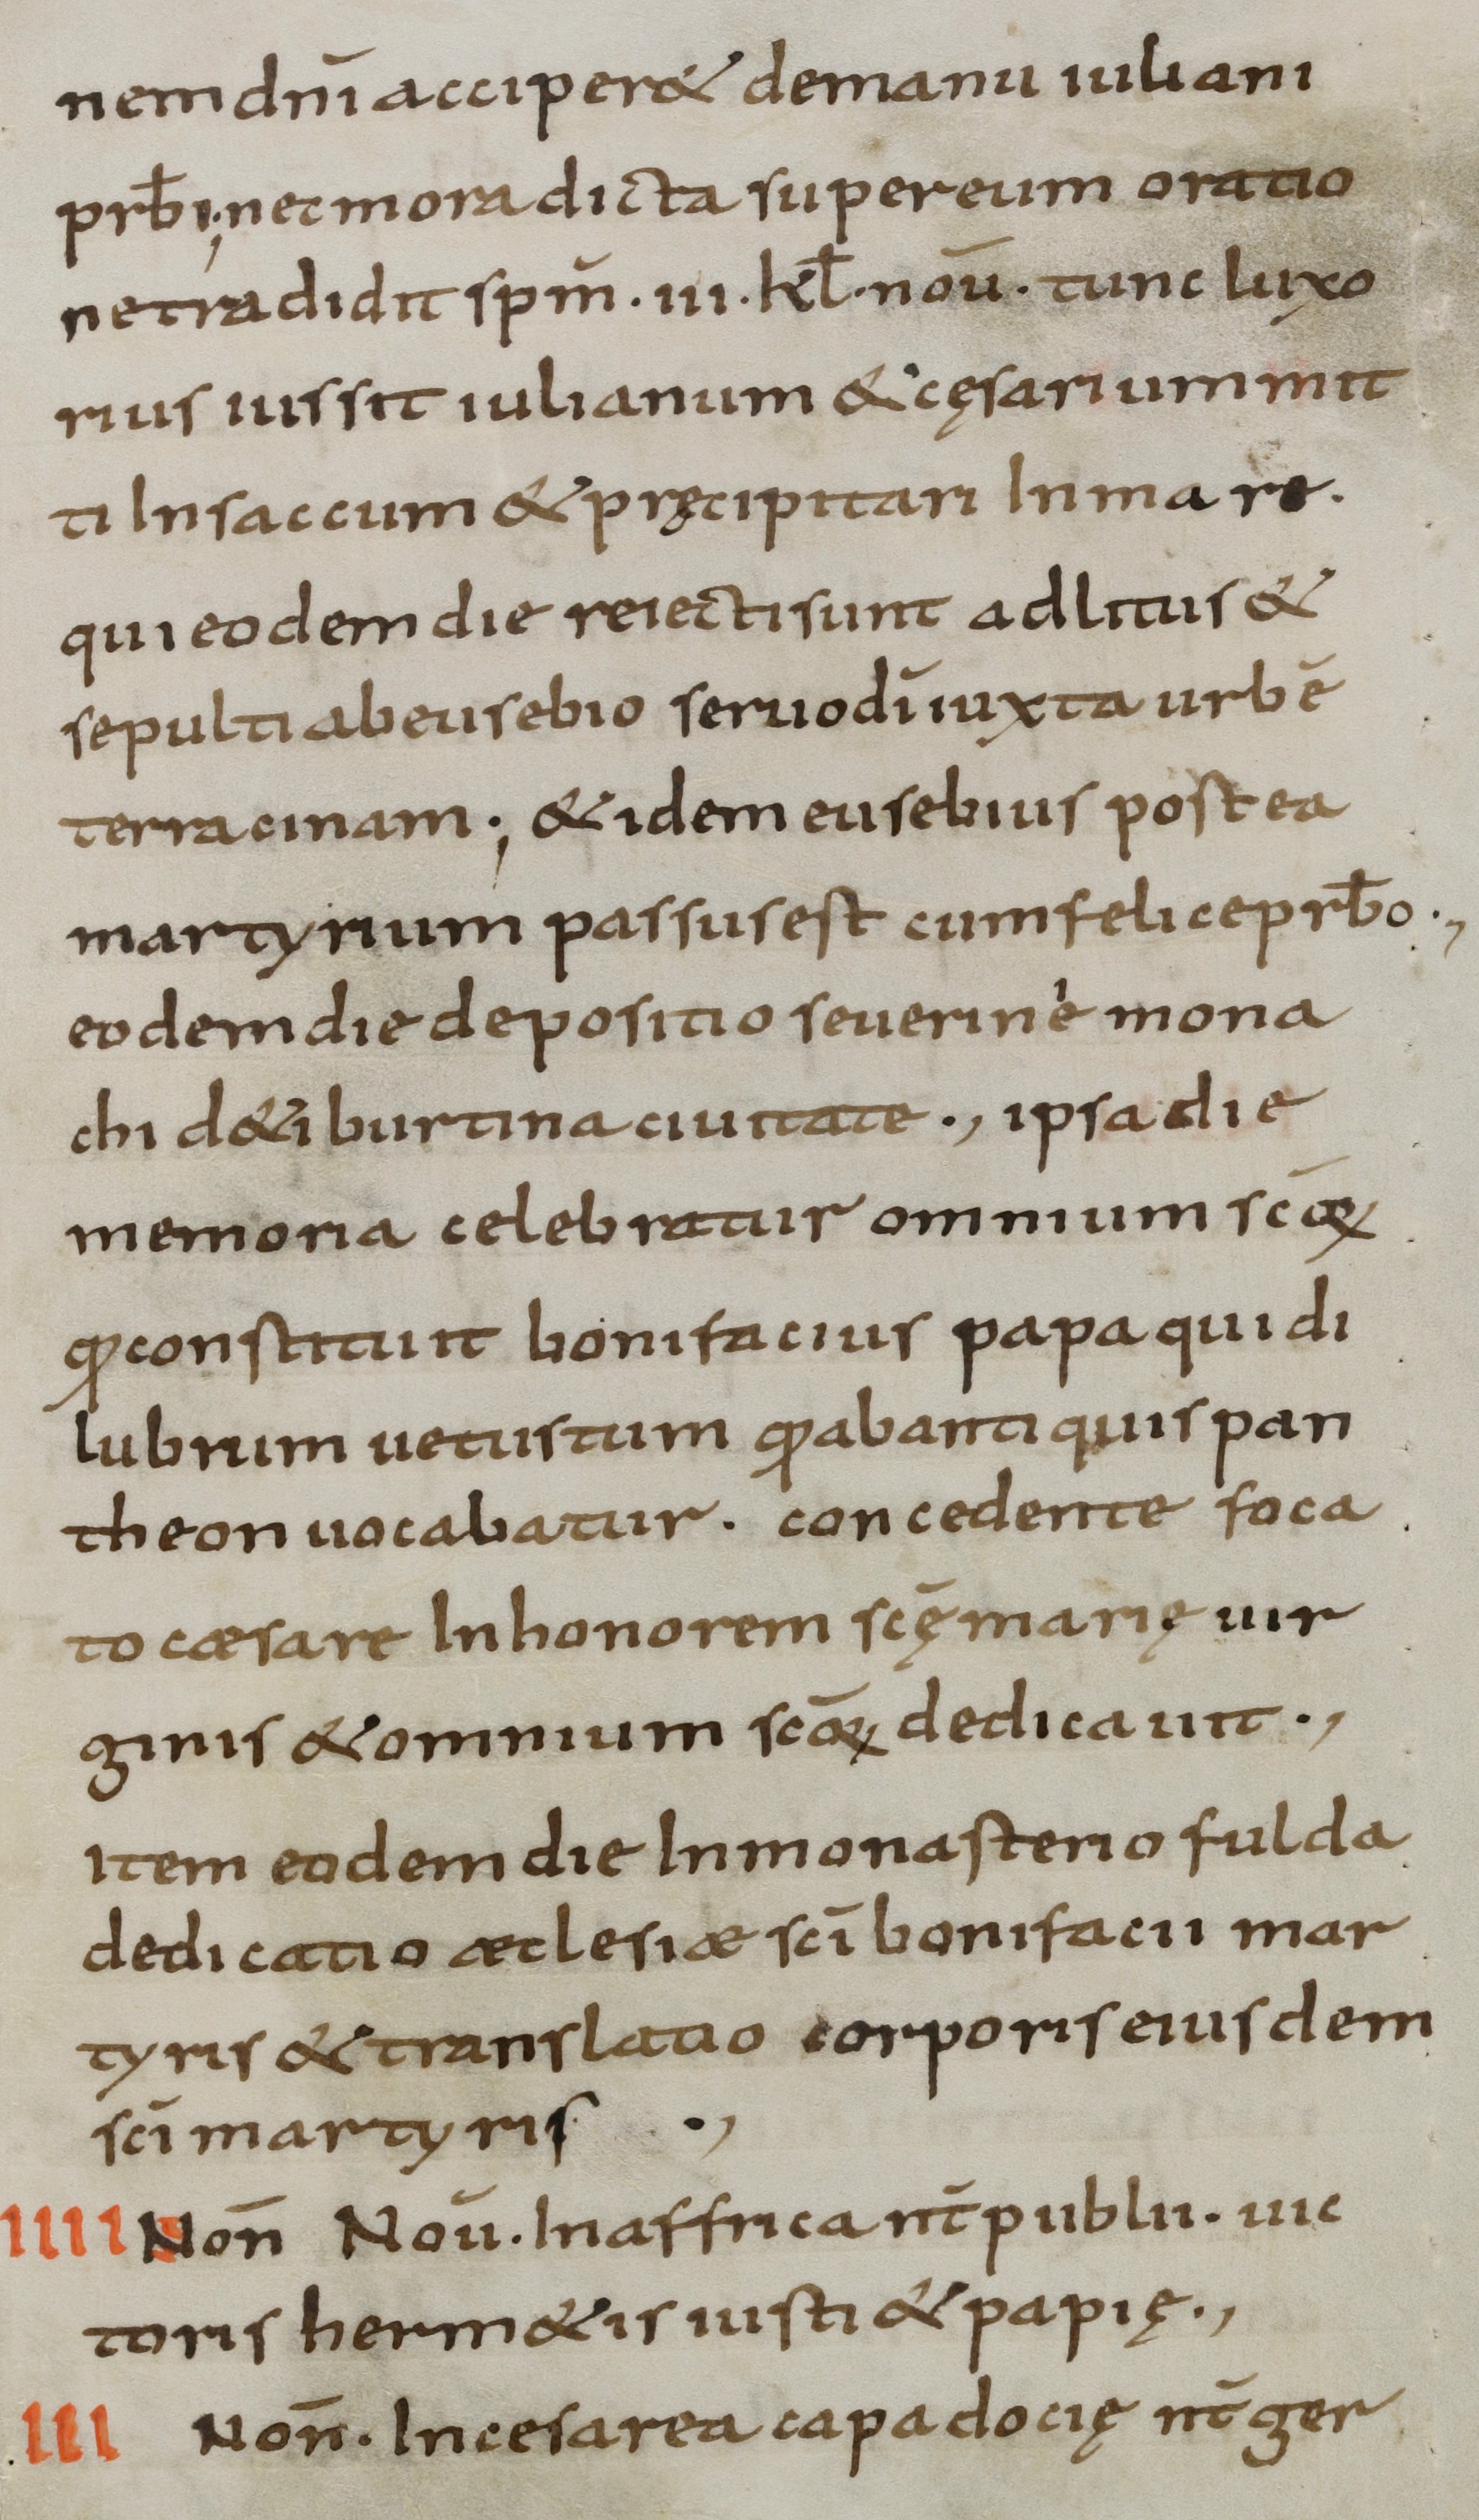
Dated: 800–899